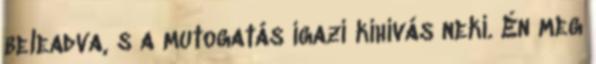
beleadva, s a mutogatás igazi kihívás neki. Én meg